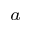
^ a